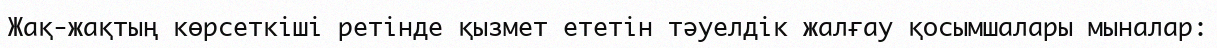
Жақ-жақтың көрсеткіші ретінде қызмет ететін тәуелдік жалғау қосымшалары мыналар: